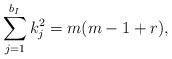
LaTeX: \begin{align*}\sum_{j=1}^{b_I} {k^2_j}= m(m-1+r), \end{align*}